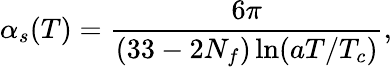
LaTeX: \alpha_{s}(T)={\frac{6\pi}{(33-2N_{f})\ln(aT/T_{c})}},